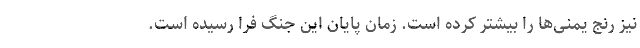
نیز رنج یمنی‌ها را بیشتر کرده است. زمان پایان این جنگ فرا رسیده است.